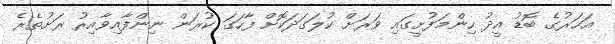
އަހަރުގެ ބޮޑު އީދު ހިންމަފުށީގައި ވަރަށް ކުލަގަދަކޮށް ފާހަގަ ކުރަން ނިންފާއިވާއިރު ރަށުތެރެ